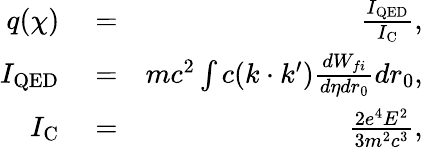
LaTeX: \begin{array}{rlr}{q(\chi)}&{{}=}&{\frac{I_{\mathrm{QED}}}{I_{\mathrm{C}}},}\\ {I_{\mathrm{QED}}}&{{}=}&{mc^{2}\int c(k\cdot k^{\prime})\frac{dW_{fi}}{d\eta dr_{0}}dr_{0},}\\ {I_{\mathrm{C}}}&{{}=}&{\frac{2e^{4}E^{2}}{3m^{2}c^{3}},}\end{array}